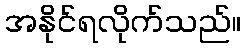
အနိုင်ရလိုက်သည်။